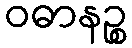
ဝဓာနဉ္စ